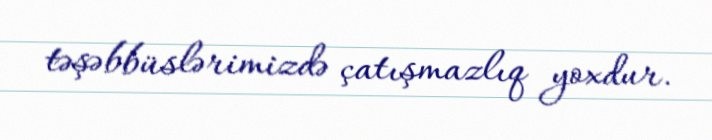
təşəbbüslərimizdə çatışmazlıq yoxdur.